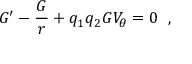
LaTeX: G ^ { \prime } - \frac { G } { r } + q _ { 1 } q _ { 2 } G V _ { \theta } = 0 \; \; ,